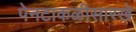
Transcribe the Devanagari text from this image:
पेनटाकळीसारखे